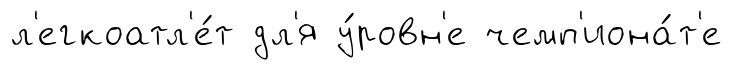
л'егкоатл'е́т дл'я у́ровн'е чемп'иона́т'е